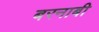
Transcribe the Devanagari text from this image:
बरनाबी